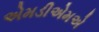
એમડીએમએ